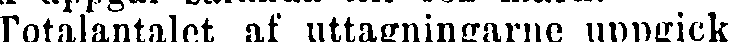
Totalantalet af uttagningarne uppgick